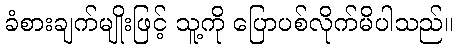
ခံစားချက်မျိုးဖြင့် သူ့ကို ပြောပစ်လိုက်မိပါသည်။